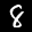
Label: 8